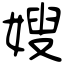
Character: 嫂